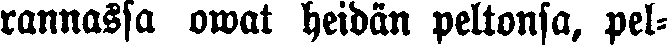
rannassa owat heidän peltonsa, pel-